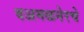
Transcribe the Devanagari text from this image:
वअमळनेरचे